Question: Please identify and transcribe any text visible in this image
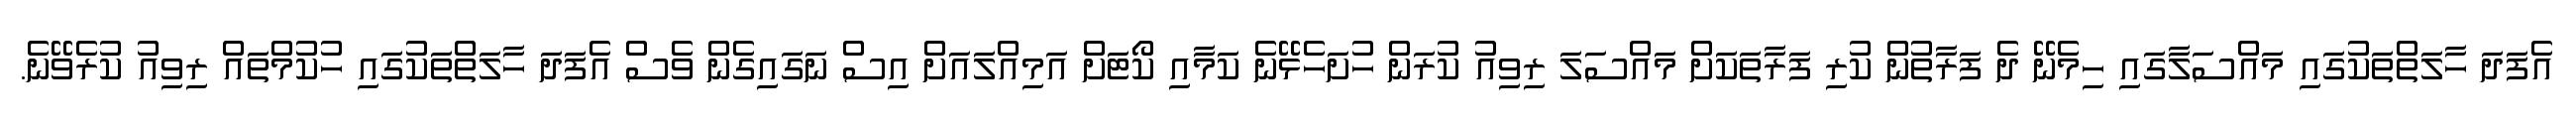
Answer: އެފަދަ ހާލަތްތަކުގައި މައްސަލާގައި ހިމެނޭ ދެ ފަރާތުން ކުރި ފަރާތަކަށް މައްސަލަ ރިވިއު ކުރަން ހުށަހެޅޭނެ ކަމާއި ކޯޓަށް އަމިއްލައަށް އިސް ނަގައިގެން ވެސް އެފަދަ ހާލަތްތަކުގައި ހުކުމްތައް ރިވިއު ކުރެވޭނެ.